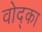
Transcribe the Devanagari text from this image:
वोद्का